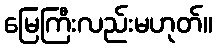
မြေကြီးလည်းမဟုတ်။